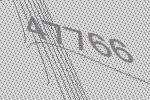
47766